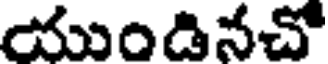
యుండినచో